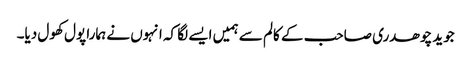
جوید چوھدری صاحب کے کالم سے ہمیں ایسے لگا کہ انہوں نے ہمارا پول کھول دیا۔